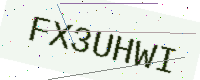
Text: FX3UHWI